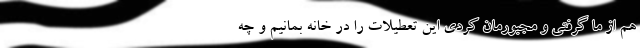
هم از ما گرفتی و مجبورمان کردی این تعطیلات را در خانه بمانیم و چه